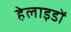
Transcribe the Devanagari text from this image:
हेलाइडों